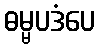
ဓမ္မပဒံပေ